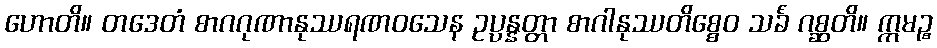
ဟောတိ။ တဒေတံ စာဂဂုဏာနုဿရဏဝသေန ဥပ္ပန္နတ္တာ စာဂါနုဿတိစ္စေဝ သင်္ခံ ဂစ္ဆတိ။ ဣမဉ္စ